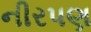
નીરપણ